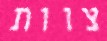
צוות